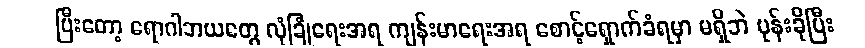
ပြီးတော့ ရောဂါဘယတွေ လုံခြုံရေးအရ ကျန်းမာရေးအရ စောင့်ရှောက်ခံရမှာ မရှိဘဲ ပုန်းခိုပြီး